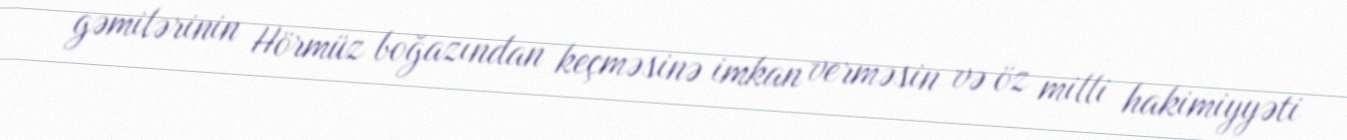
gəmilərinin Hörmüz boğazından keçməsinə imkan verməsin və öz milli hakimiyyəti